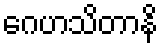
ဂေဟသိတာနိ